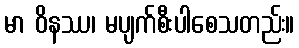
မာ ဝိနဿ၊ မပျက်စီးပါစေသတည်း။